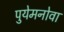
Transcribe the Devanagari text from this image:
पुयेमनोवा